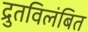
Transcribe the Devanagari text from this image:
द्रुतविलंबित